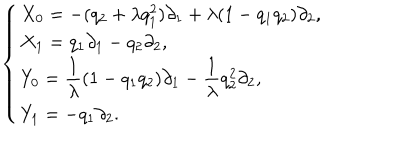
\left\{ \begin{array} { l } { { X _ { 0 } = - ( q _ { 2 } + \lambda q _ { 1 } ^ { 2 } ) \partial _ { 1 } + \lambda ( 1 - q _ { 1 } q _ { 2 } ) \partial _ { 2 } , } } \\ { { X _ { 1 } = q _ { 1 } \partial _ { 1 } - q _ { 2 } \partial _ { 2 } , } } \\ { { Y _ { 0 } = { \displaystyle \frac { 1 } { \lambda } } ( 1 - q _ { 1 } q _ { 2 } ) \partial _ { 1 } - { \displaystyle \frac { 1 } { \lambda } } q _ { 2 } ^ { 2 } \partial _ { 2 } , } } \\ { { Y _ { 1 } = - q _ { 1 } \partial _ { 2 } . } } \\ \end{array} \right.